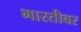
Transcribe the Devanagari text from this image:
भारतीवर